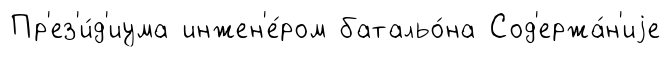
Пр'ез'и́д'иума инжен'е́ром батальо́на Сод'ержа́н'иjе